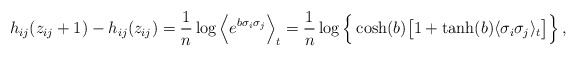
\begin{align*}h_{ij}(z_{ij}+1) - h_{ij}(z_{ij}) = \frac{1}{n} \log \Big\langle e^{b \sigma_i \sigma_j} \Big\rangle_t = \frac{1}{n} \log \Big\{ \cosh(b) \big[1 + \tanh(b) \langle \sigma_i \sigma_j \rangle_t \big] \Big\} \,, \end{align*}